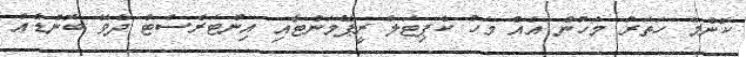
ކޮންމެ ހަތަރު މަހުން އެއް މަހު ކެޕިޓަލް ރީޕޭމަންޓާއި އިންޓަރެސްޓް ދެވޭ ބޮންޑެއް